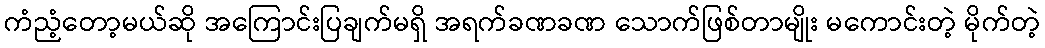
ကံညံ့တော့မယ်ဆို အကြောင်းပြချက်မရှိ အရက်ခဏခဏ သောက်ဖြစ်တာမျိုး မကောင်းတဲ့ မိုက်တဲ့